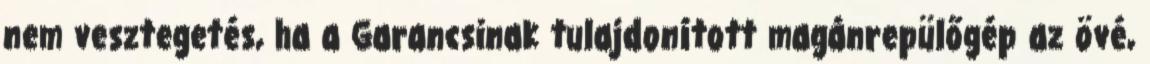
nem vesztegetés, ha a Garancsinak tulajdonított magánrepülőgép az övé,